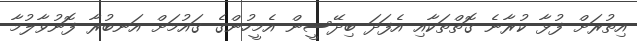
އިތުރަށް ފުޅާ ކުރާނެ ގޮތްތަކާއި އެފަދަ ބިދޭސީން އެމީހުންގެ ގައުމަށް އަނބުރާ ފޮނުވާލުމާ